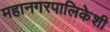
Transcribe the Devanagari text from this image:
महानगरपालिकेशी